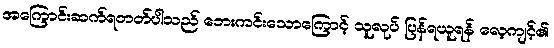
အကြောင်းဆက်ရတတ်ပါသည် ဘေးကင်းသောကြောင့် သူလုပ် ပြန်ရယူရန် လေ့ကျင့်၏